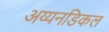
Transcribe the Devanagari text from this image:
अय्यनडिकल